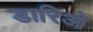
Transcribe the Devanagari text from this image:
डारिओ